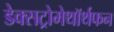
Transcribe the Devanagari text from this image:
डेक्सट्रोमेथॉर्थफन